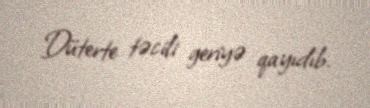
Düterte təcili geriyə qayıdıb.